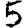
Digit: 5